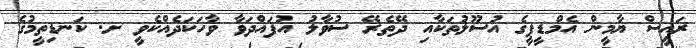
ރައީސް ޔާމީން އެމްޑީޕީގެ އުސޫލުތަކާއި ދޭތެރޭ ސުވާލު އުފައްދަވާ ވާހަކަދެއްކެވީ ށ. ކަނޑިތީމުގެ